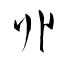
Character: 丱